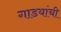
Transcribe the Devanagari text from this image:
गाडयांची